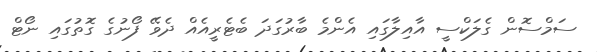
ސަމްސޮން ގެލަކްސީ އާއިލާގައި އެންމެ ބާރުގަދަ ބެޓެރީއެއް ދެވޭ ފޯނުގެ ގޮތުގައި ނޯޓް